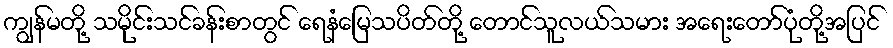
ကျွန်မတို့ သမိုင်းသင်ခန်းစာတွင် ရေနံမြေသပိတ်တို့ တောင်သူလယ်သမား အရေးတော်ပုံတို့အပြင်